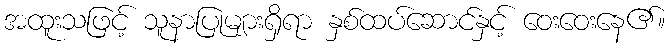
အထူးသဖြင့် သူနာပြုများရှိရာ နှစ်ထပ်ဆောင်နှင့် ဝေးဝေးနေ၏။